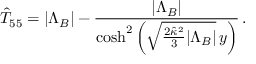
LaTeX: \hat { T } _ { 5 5 } = | \Lambda _ { B } | - \frac { | \Lambda _ { B } | } { \mathrm { c o s h } ^ { 2 } \left( \sqrt { \frac { 2 \hat { \kappa } ^ { 2 } } { 3 } | \Lambda _ { B } | } \, y \right) } \, .